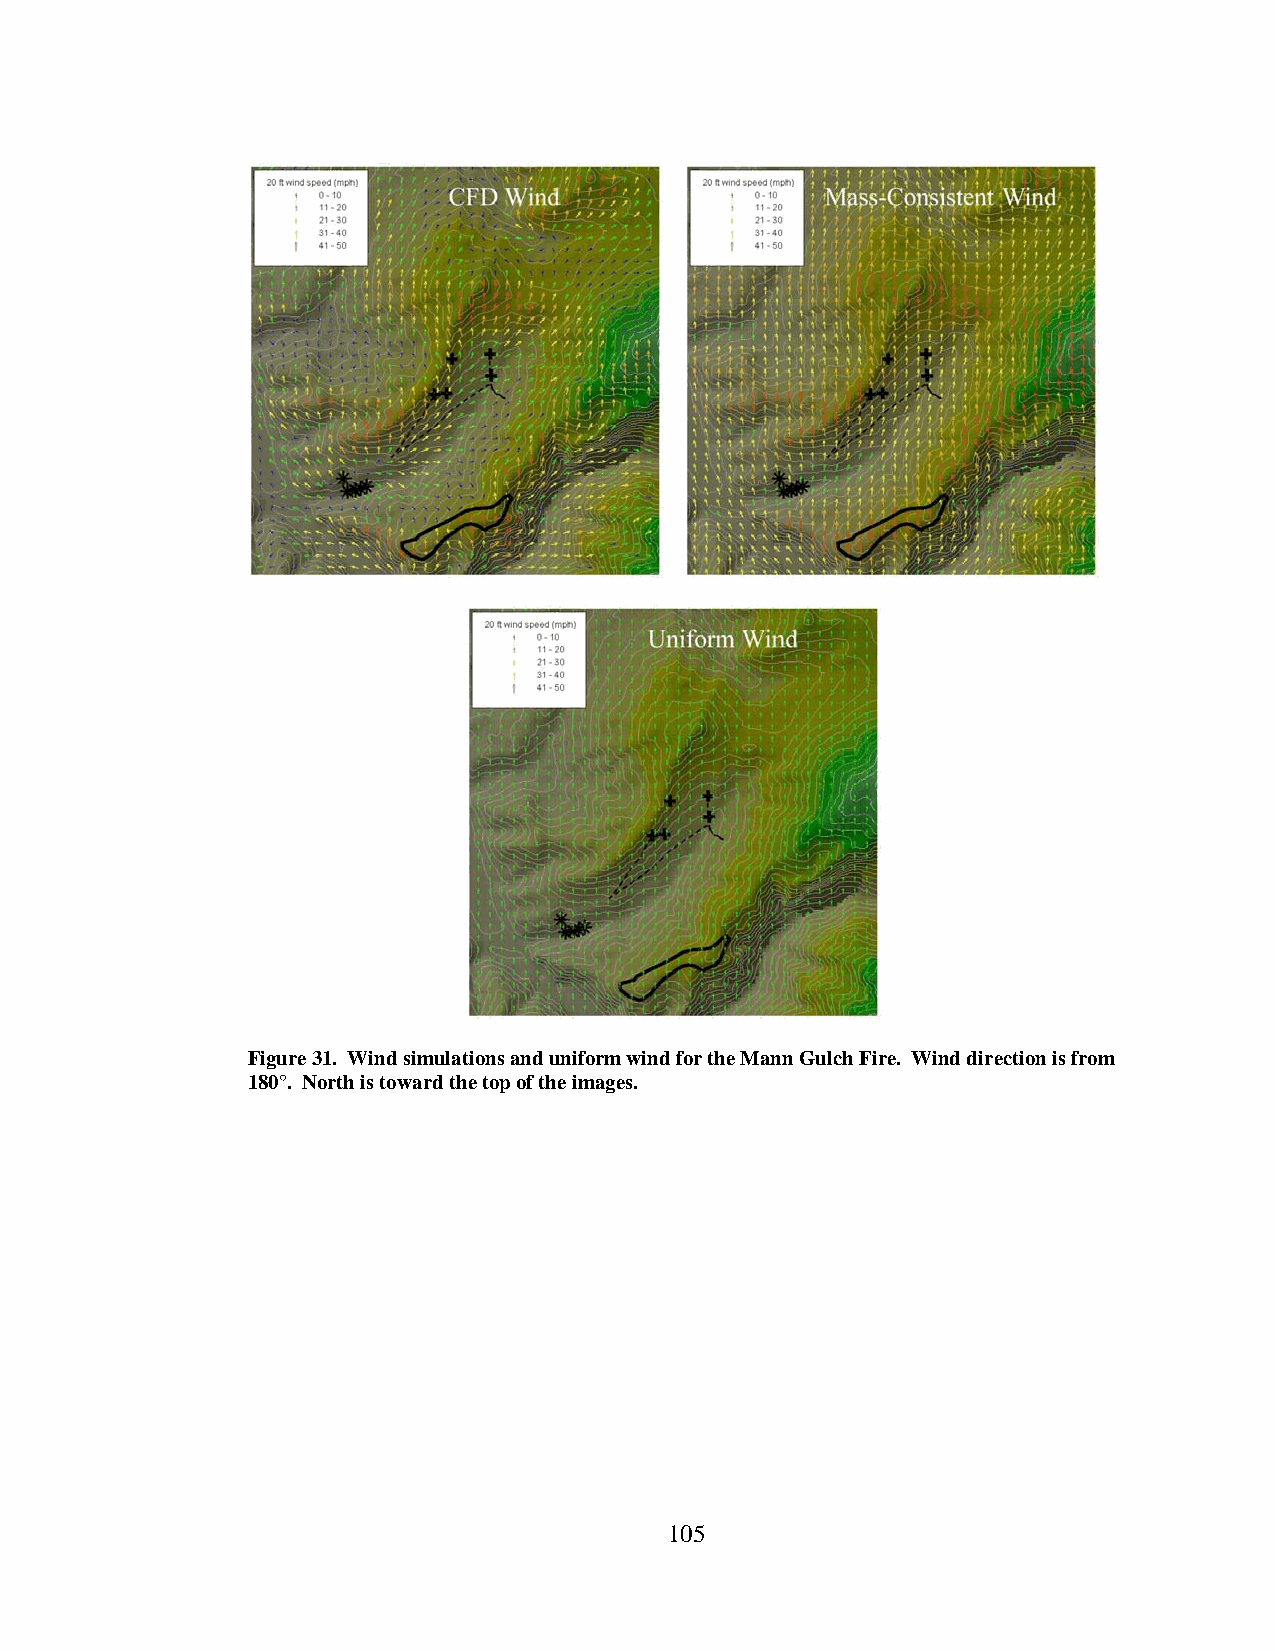
Figure 31. Wind simulations and uniform wind for the Mann Gulch Fire. Wind direction is from
 180°. North is toward the top of the images.
 105